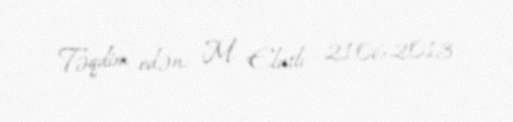
Təqdim edən: M. Elatlı - 21.06.2013